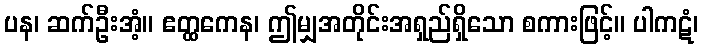
ပန၊ ဆက်ဦးအံ့။ ဧတ္ထကေန၊ ဤမျှအတိုင်းအရှည်ရှိသော စကားဖြင့်။ ပါကဋံ၊